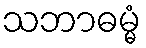
သဘာဓမ္မံ